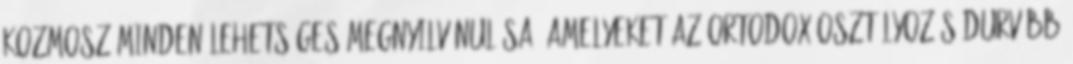
kozmosz minden lehetséges megnyilvánulása, amelyeket az ortodox osztályozás durvább